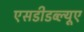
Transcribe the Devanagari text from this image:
एसडीडब्ल्यूए